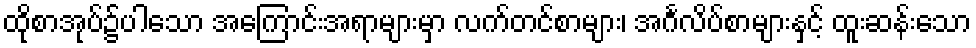
ထိုစာအုပ်၌ပါသော အကြောင်းအရာများမှာ လက်တင်စာများ၊ အင်္ဂလိပ်စာများနှင့် ထူးဆန်းသော